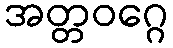
အတ္တဝဂ္ဂေ